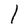
Character: l